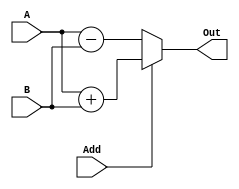
`timescale 1ns / 1ps
//////////////////////////////////////////////////////////////////////////////////
// ECE369 - Computer Architecture
// Name: Andrew Camps
// Module Name: AddSub64Bit
//////////////////////////////////////////////////////////////////////////////////


module AddSub64Bit(A, B, Out, Add);

    input [63:0] A, B;
    input Add;
    
    output reg [63:0] Out;
    
    always @* begin
        if(Add)
            Out <= A + B;
        else
            Out <= A - B;
    end
    
    
endmodule